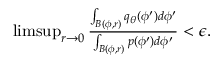
\begin{array} { r } { \operatorname* { l i m s u p } _ { r \to 0 } \frac { \int _ { B ( \phi , r ) } q _ { \theta } ( \phi ^ { \prime } ) d \phi ^ { \prime } } { \int _ { B ( \phi , r ) } p ( \phi ^ { \prime } ) d \phi ^ { \prime } } < \epsilon . } \end{array}